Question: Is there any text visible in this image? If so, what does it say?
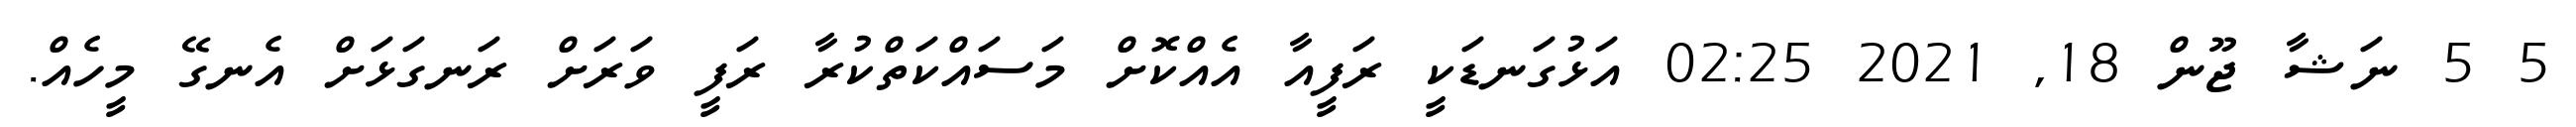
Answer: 5 5 ނަޝާ ޖޫން 18, 2021 02:25 އަޅުގަނޑަކީ ރަފީއާ އެއްކޮށް މަސައްކަތްކުރާ ރަފީ ވަރަށް ރަނގަޅަށް އެނގޭ މީހެއް.